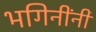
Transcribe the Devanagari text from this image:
भगिनींनी